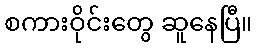
စကားဝိုင်းတွေ ဆူနေပြီ။